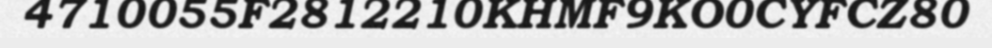
4710055F2812210KHMF9KO0CYFCZ80